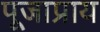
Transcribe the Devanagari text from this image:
पूजाप्राय